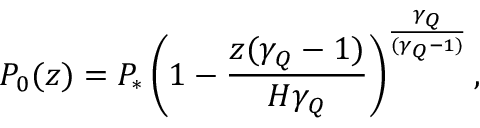
P _ { 0 } ( z ) = P _ { * } \left( 1 - \frac { z ( \gamma _ { Q } - 1 ) } { H \gamma _ { Q } } \right) ^ { \frac { \gamma _ { Q } } { ( \gamma _ { Q } - 1 ) } } ,